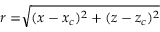
r = \sqrt [ ] { ( x - x _ { c } ) ^ { 2 } + ( z - z _ { c } ) ^ { 2 } }